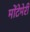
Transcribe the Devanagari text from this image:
मोंटेमेरी